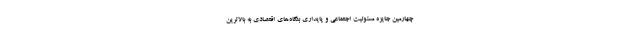
چهارمین جایزه مسئولیت اجتماعی و پایداری بنگاه‌های اقتصادی به بالاترین